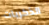
الذكريات